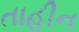
તાહીન